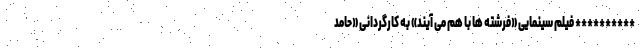
********** فیلم سینمایی «فرشته ها با هم می آیند» به کارگردانی «حامد